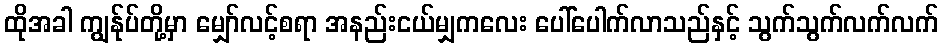
ထိုအခါ ကျွန်ုပ်တို့မှာ မျှော်လင့်စရာ အနည်းငယ်မျှကလေး ပေါ်ပေါက်လာသည်နှင့် သွက်သွက်လက်လက်